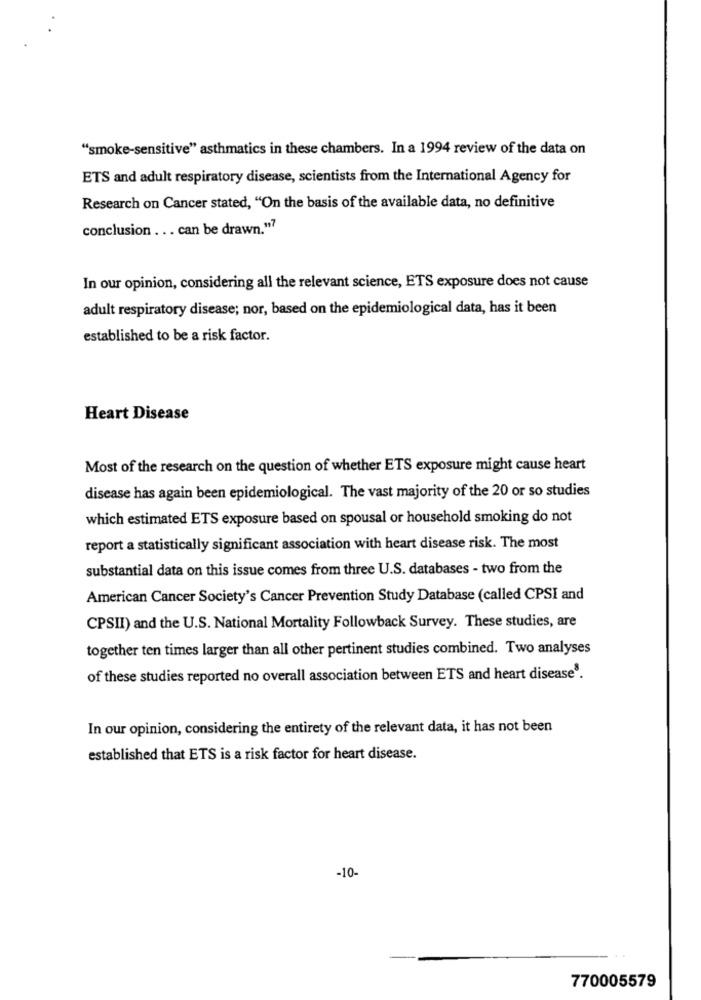
"smoke-sensitive" asthmatics in these chambers. In a 1994 review of the data on
ETS and adult respiratory disease, scientists from the International Agency for
Research on Cancer stated, "On the basis of the available data, no definitive
conclusion ... can be drawn."7
In our opinion, considering all the relevant science, ETS exposure does not cause
adult respiratory disease; nor, based on the epidemiological data, has it been
established to be a risk factor.
Heart Disease
Most of the research on the question of whether ETS exposure might cause heart
disease has again been epidemiological. The vast majority of the 20 or so studies
which estimated ETS exposure based on spousal or household smoking do not
report a statistically significant association with heart disease risk. The most
substantial data on this issue comes from three U.S. databases - two from the
American Cancer Society's Cancer Prevention Study Database (called CPSI and
CPSII) and the U.S. National Mortality Followback Survey. These studies, are
together ten times larger than all other pertinent studies combined. Two analyses
of these studies reported no overall association between ETS and heart disease.
In our opinion, considering the entirety of the relevant data, it has not been
established that ETS is a risk factor for heart disease.
-10-
770005579